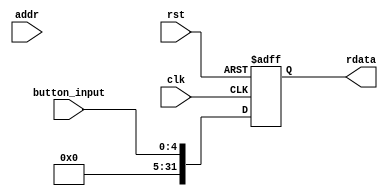
module button(
    input  wire         rst,
    input  wire         clk,
    input  wire [11:0]  addr,
    input  wire [4 :0]  button_input,
    output reg  [31:0]  rdata
);

    always @(posedge clk or posedge rst) begin
        if(rst) begin
            rdata <= 32'd0;
        end else begin
            rdata <= {27'd0,button_input};
        end
    end

endmodule